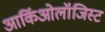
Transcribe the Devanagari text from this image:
आर्किओलॉजिस्ट